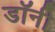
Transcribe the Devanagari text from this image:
डाॅनी